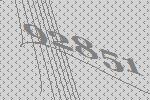
92851